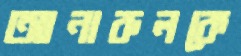
আনারুলকে